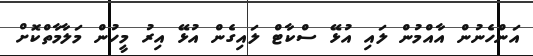
އަންހެނުން އާއްމުން ލައި އުޅޭ ސްކާޓް ލައިގެން އުޅޭ އިރު މީހުން މަލާމާތްކޮށް